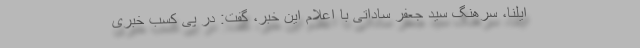
ایلنا، سرهنگ سید جعفر ساداتی با اعلام این خبر، گفت: در پی کسب خبری